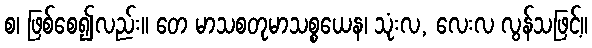
စ၊ ဖြစ်စေ၍လည်း။ တေ မာသစတုမာသစ္စယေန၊ သုံးလ, လေးလ လွန်သဖြင့်။